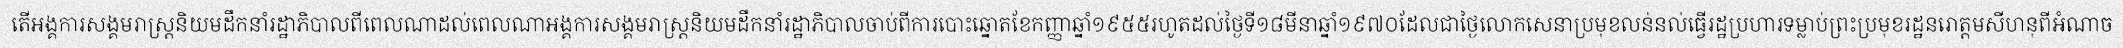
តើអង្គការសង្គមរាស្ត្រនិយមដឹកនាំរដ្ឋាភិបាលពីពេលណាដល់ពេលណាអង្គការសង្គមរាស្ត្រនិយមដឹកនាំរដ្ឋាភិបាលចាប់ពីការបោះឆ្នោតខែកញ្ញាឆ្នាំ១៩៥៥រហូតដល់ថ្ងៃទី១៨មីនាឆ្នាំ១៩៧០ដែលជាថ្ងៃលោកសេនាប្រមុខលន់នល់ធ្វើរដ្ឋប្រហារទម្លាប់ព្រះប្រមុខរដ្ឋនរោត្តមសីហនុពីអំណាច